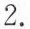
2.